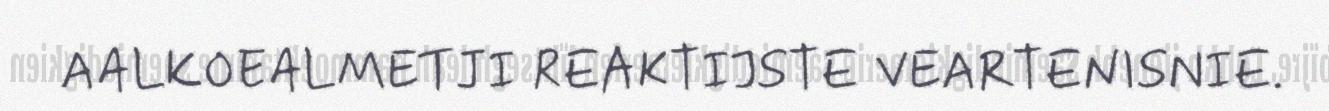
AALKOEALMETJI REAKTIJSTE VEARTENISNIE.